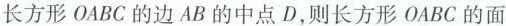
长方形OABC的边AB的中点D，则长方形OABC的面